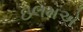
ઇલમએ